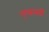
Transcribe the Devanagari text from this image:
एप्पलबी